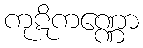
ကုဋိကဏ္ဏော